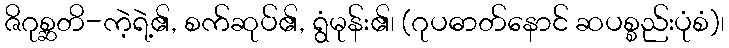
ဇိဂုစ္ဆတိ-ကဲ့ရဲ့၏, စက်ဆုပ်၏, ရွံမုန်း၏၊ (ဂုပဓာတ်နောင် ဆပစ္စည်းပုံစံ)၊